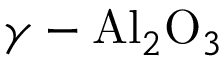
\gamma - \mathrm { A l } _ { 2 } \mathrm { O } _ { 3 }